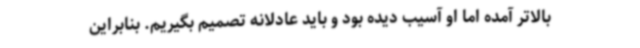
بالاتر آمده اما او آسیب دیده بود و باید عادلانه تصمیم بگیریم. بنابراین